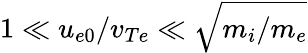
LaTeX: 1\ll u_{e0}/v_{Te}\ll\sqrt{m_{i}/m_{e}}